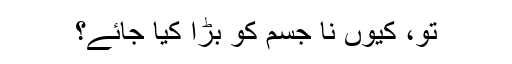
تو، کیوں نا جسم کو بڑا کیا جائے؟